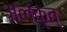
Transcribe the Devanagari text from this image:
अलंकृत्‌